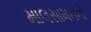
માલસામનનો